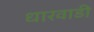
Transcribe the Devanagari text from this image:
धारवाडी